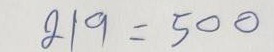
219 = 500